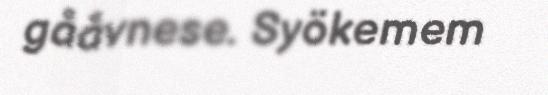
gååvnese. Syökemem